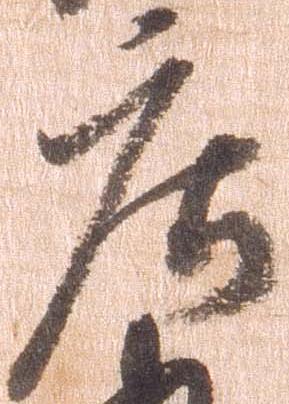
庄